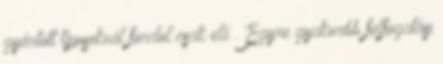
gyártott típusoknál fordul csak elő . Egyre gyakoribb felfogatási